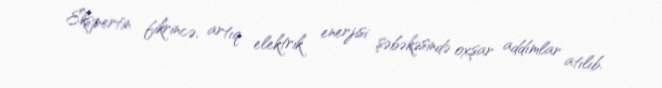
Ekspertin fikrincə, artıq elektrik enerjisi şəbəkəsində oxşar addımlar atılıb.